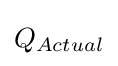
Q_{Actual}\,\!